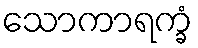
သောကာရက္ခံ